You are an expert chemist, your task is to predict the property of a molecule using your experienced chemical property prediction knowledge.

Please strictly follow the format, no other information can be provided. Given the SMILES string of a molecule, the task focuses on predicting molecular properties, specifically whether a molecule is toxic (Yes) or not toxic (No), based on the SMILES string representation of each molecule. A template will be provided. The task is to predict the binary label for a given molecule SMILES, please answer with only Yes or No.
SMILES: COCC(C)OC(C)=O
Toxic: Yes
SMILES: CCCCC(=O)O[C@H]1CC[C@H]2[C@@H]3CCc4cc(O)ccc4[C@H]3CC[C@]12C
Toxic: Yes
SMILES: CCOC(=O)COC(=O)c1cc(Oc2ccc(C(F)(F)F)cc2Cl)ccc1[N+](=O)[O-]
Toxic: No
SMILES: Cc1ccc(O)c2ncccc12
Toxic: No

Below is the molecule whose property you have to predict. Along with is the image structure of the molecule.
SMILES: CCC(C)S
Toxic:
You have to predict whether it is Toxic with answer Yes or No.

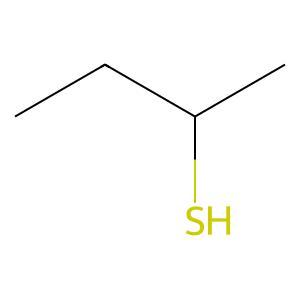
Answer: No